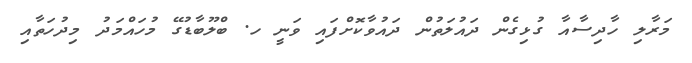
މަރާލި ހާދިސާއާ ގުޅިގެން ދައުލަތުން ދައުވާކޮށްފައި ވަނީ ހ. ބްލޫބާޑުގޭ މުހައްމަދު މިދުހަތާއި